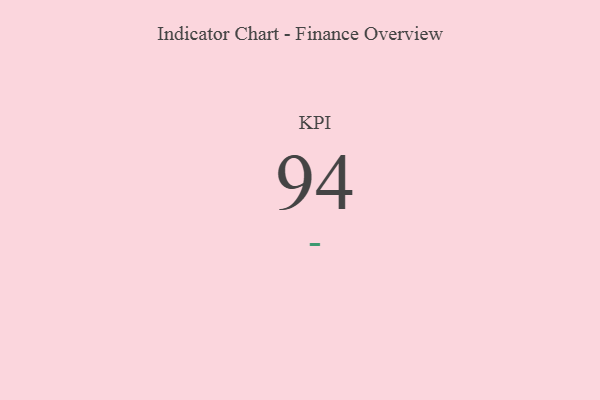
{"axis": {"x": "KPI", "y": "Value"}, "legend": [""], "data": [{"x": "KPI", "y": 94, "type": ""}]}